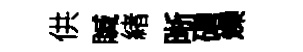
供贓緖晰磳爍